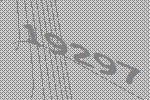
19297